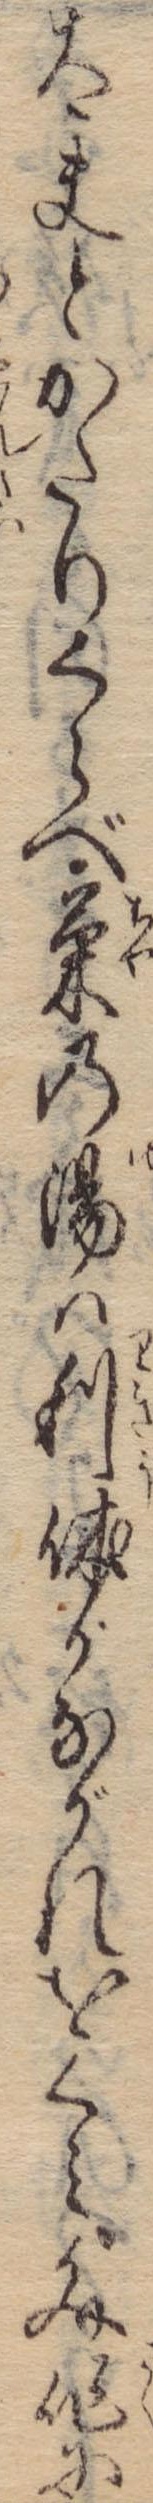
太夫とかたりくらべ茶の湯は利休かながれをくみ文作に